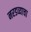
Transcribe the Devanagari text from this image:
नरडव्याचा